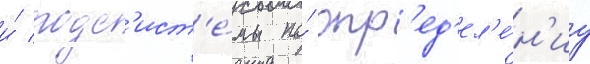
и́ подс'ист'е́мы по́ опр'ед'ел'е́н'иу